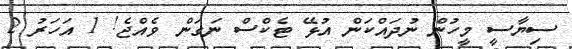
ސިޔާސީ މީހުން ނުދައްކަން އުޅޭ ޓެކްސް ނަގަން ވެއްޖެ! 1 އަހަރު 2